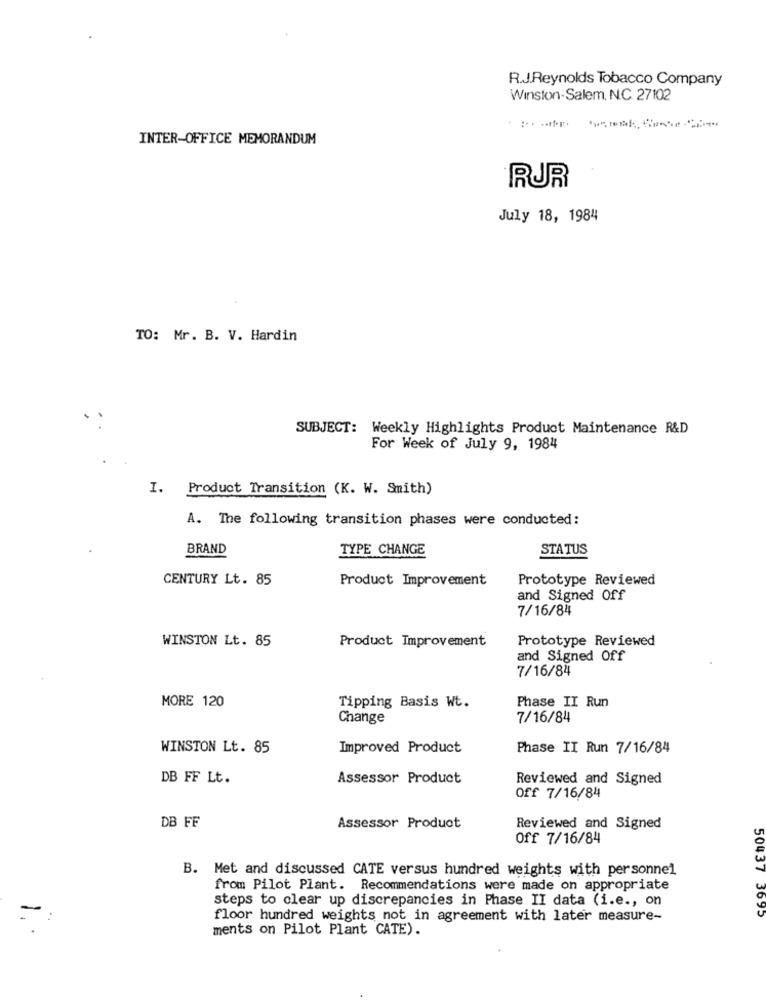
R.J.Reynolds Tobacco Company
Winston-Salem, N.C. 27102
INTER-OFFICE MEMORANDUM
RUR
July 18, 1984
TO: Mr. B. V. Hardin
SUBJECT: Weekly Highlights Product Maintenance R&D
For Week of July 9, 1984
I. Product Transition (K. W. Smith)
A. The following transition phases were conducted:
BRAND
TYPE CHANGE
STATUS
CENTURY Lt. 85
Product Improvement
Prototype Reviewed
and Signed Off
7/16/84
WINSTON Lt. 85
Product Improvement
Prototype Reviewed
and Signed Off
7/16/84
MORE 120
Phase II Run
Tipping Basis Wt.
Change
7/16/84
WINSTON Lt. 85
Improved Product
Phase II Run 7/16/84
DB FF Lt.
Assessor Product
Reviewed and Signed
Off 7/16/84
DB FF
Assessor Product
Reviewed and Signed
Off 7/16/84
B. Met and discussed CATE versus hundred weights with personnel
from Pilot Plant. Recommendations were made on appropriate
steps to clear up discrepancies in Phase II data (i.e ., on
50437 3695
=:
floor hundred weights not in agreement with later measure-
ments on Pilot Plant CATE).